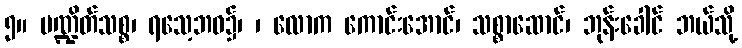
၅။ ပဏ္ဍိတ်သစ္စ၊ ရသေ့ဘဝ၌၊ ၊ လောက ကောင်းအောင်၊ သစ္စာဆောင်၊ ဘုန်းခေါင် ဘယ်သို့